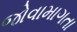
જોવામાગતા